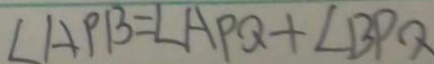
\angle A P B = \angle A P Q + \angle B P Q